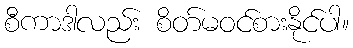
စီကာဒါလည်း စိတ်မဝင်စားနိုင်ပါ။